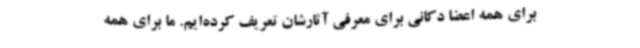
برای همه اعضا دکانی برای معرفی آثارشان تعریف کرده‌ایم. ما برای همه